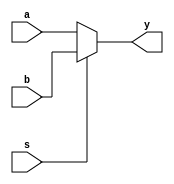
module mux21b(
  input wire a,
  input wire b,
  input wire s,
  output reg y
);

  always @ (a,b,s)
  if (s == 0)
    y = a;
  else
	y = b;

endmodule